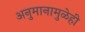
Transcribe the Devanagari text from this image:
अनुमानामुळेही